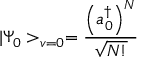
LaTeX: | \Psi _ { 0 } > _ { v = 0 } = \frac { \left( a _ { 0 } ^ { \dagger } \right) ^ { N } } { \sqrt { N ! } }